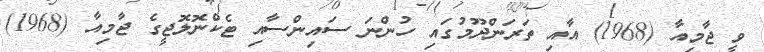
ވީ ޖާމިއާ (1968) އާއި ތަރަންދޫމުގައި ހުންނަ ސައިންސާއި ޓެކްނޮލޮޖީގެ ޖާމިއާ (1968)